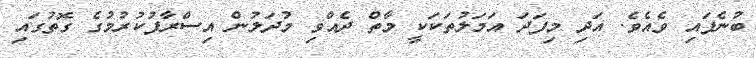
ބުނެފައި ވެއެވެ. އަދި މިފަދަ އަމަލުތަކަކީ މާތް ދެއްވި މުދަލުން އިސްރާފުކުރުމުގެ ގޮތުގައި